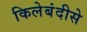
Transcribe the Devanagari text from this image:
किलेबंदीसे